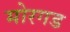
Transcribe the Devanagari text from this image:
मोरगड